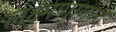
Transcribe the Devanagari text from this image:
लक्ष्मणानन्द